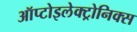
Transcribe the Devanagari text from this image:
ऑप्टोइलेक्ट्रोनिक्स